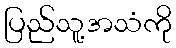
ပြည်သူ့အသံကို